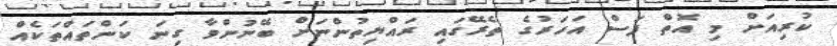
ކުރިއަށް މި އޮތް ފަސް އަހަރުގެ ތެރޭގައި ރައްޔިތުންނަށް ބޭނުންވާ ގިނަ ކަންތައްތަކެއް